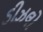
ડીઝલો